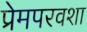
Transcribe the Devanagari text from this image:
प्रेमपरवशा